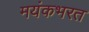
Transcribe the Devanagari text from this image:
मयंकभरत